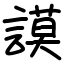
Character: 謨